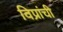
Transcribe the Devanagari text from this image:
विप्रांची